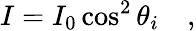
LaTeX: I=I_{0}\cos^{2}\theta_{i}\quad,